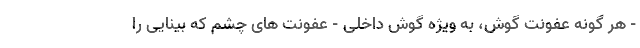
- هر گونه عفونت گوش، به ویژه گوش داخلی - عفونت های چشم که بینایی را